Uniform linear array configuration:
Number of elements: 32
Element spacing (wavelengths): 0.5
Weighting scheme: exponential
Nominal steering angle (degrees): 0
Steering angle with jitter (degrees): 0.05599
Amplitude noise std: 0.05
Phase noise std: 0.05

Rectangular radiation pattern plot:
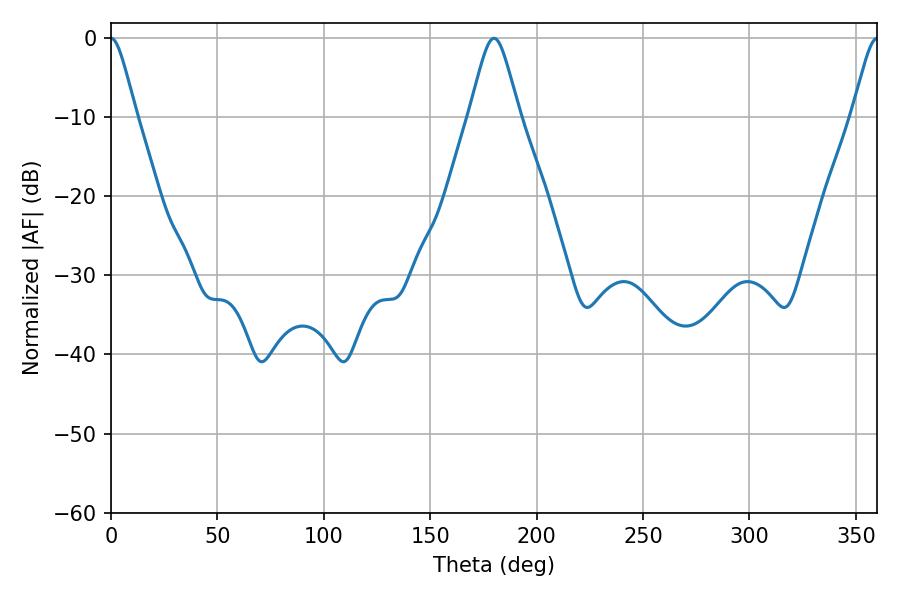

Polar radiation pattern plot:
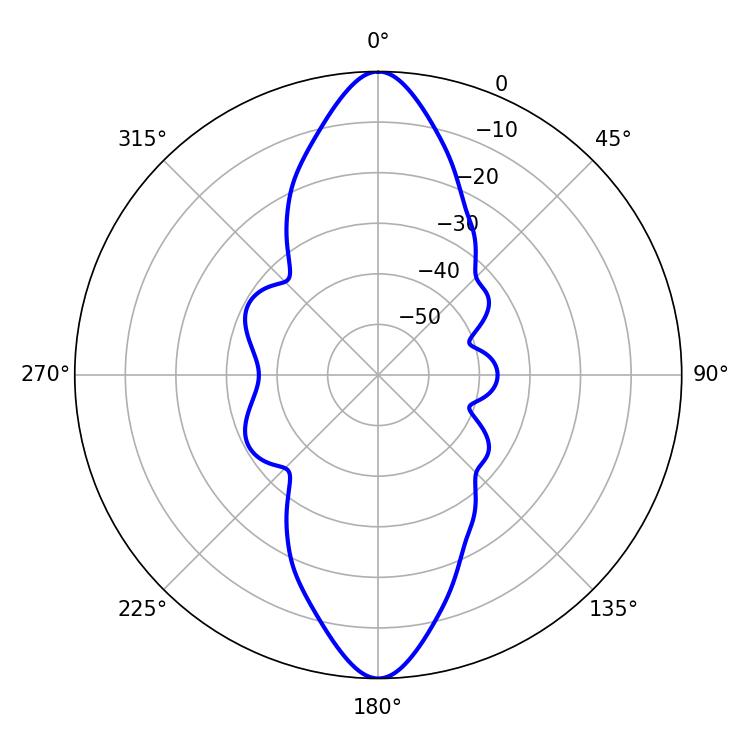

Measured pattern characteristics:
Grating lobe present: FALSE
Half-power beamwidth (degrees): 5.76
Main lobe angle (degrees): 0